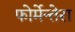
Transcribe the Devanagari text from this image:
फोर्मेन्तेरा